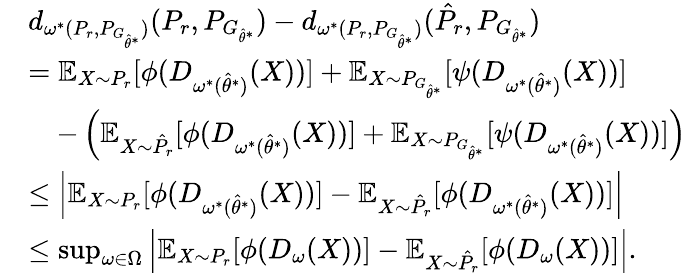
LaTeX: \begin{array}{rl}&{d_{\omega^{*}(P_{r},P_{G_{\hat{\theta}^{*}}})}(P_{r},{P}_{G_{\hat{\theta}^{*}}})-d_{\omega^{*}(P_{r},P_{G_{\hat{\theta}^{*}}})}(\hat{P}_{r},{P}_{G_{\hat{\theta}^{*}}})}\\ &{=\mathbb{E}_{X\sim P_{r}}[\phi(D_{\omega^{*}(\hat{\theta}^{*})}(X))]+\mathbb{E}_{X\sim P_{G_{\hat{\theta}^{*}}}}[\psi(D_{\omega^{*}(\hat{\theta}^{*})}(X))]}\\ &{\quad-\left(\mathbb{E}_{X\sim\hat{P}_{r}}[\phi(D_{\omega^{*}(\hat{\theta}^{*})}(X))]+\mathbb{E}_{X\sim P_{G_{\hat{\theta}^{*}}}}[\psi(D_{\omega^{*}(\hat{\theta}^{*})}(X))]\right)}\\ &{\le\left|\mathbb{E}_{X\sim P_{r}}[\phi(D_{\omega^{*}(\hat{\theta}^{*})}(X))]-\mathbb{E}_{X\sim\hat{P}_{r}}[\phi(D_{\omega^{*}(\hat{\theta}^{*})}(X))]\right|}\\ &{\le\operatorname*{sup}_{\omega\in\Omega}\left|\mathbb{E}_{X\sim P_{r}}[\phi(D_{\omega}(X))]-\mathbb{E}_{X\sim\hat{P}_{r}}[\phi(D_{\omega}(X))]\right|.}\end{array}